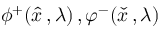
\phi ^ { + } ( { \hat { x } } \, , \lambda ) \, , \varphi ^ { - } ( { \check { x } } \, , \lambda ) \qquad